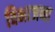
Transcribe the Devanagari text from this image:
विभाजना